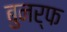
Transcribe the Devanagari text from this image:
बुनर्फ